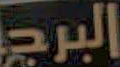
البرج